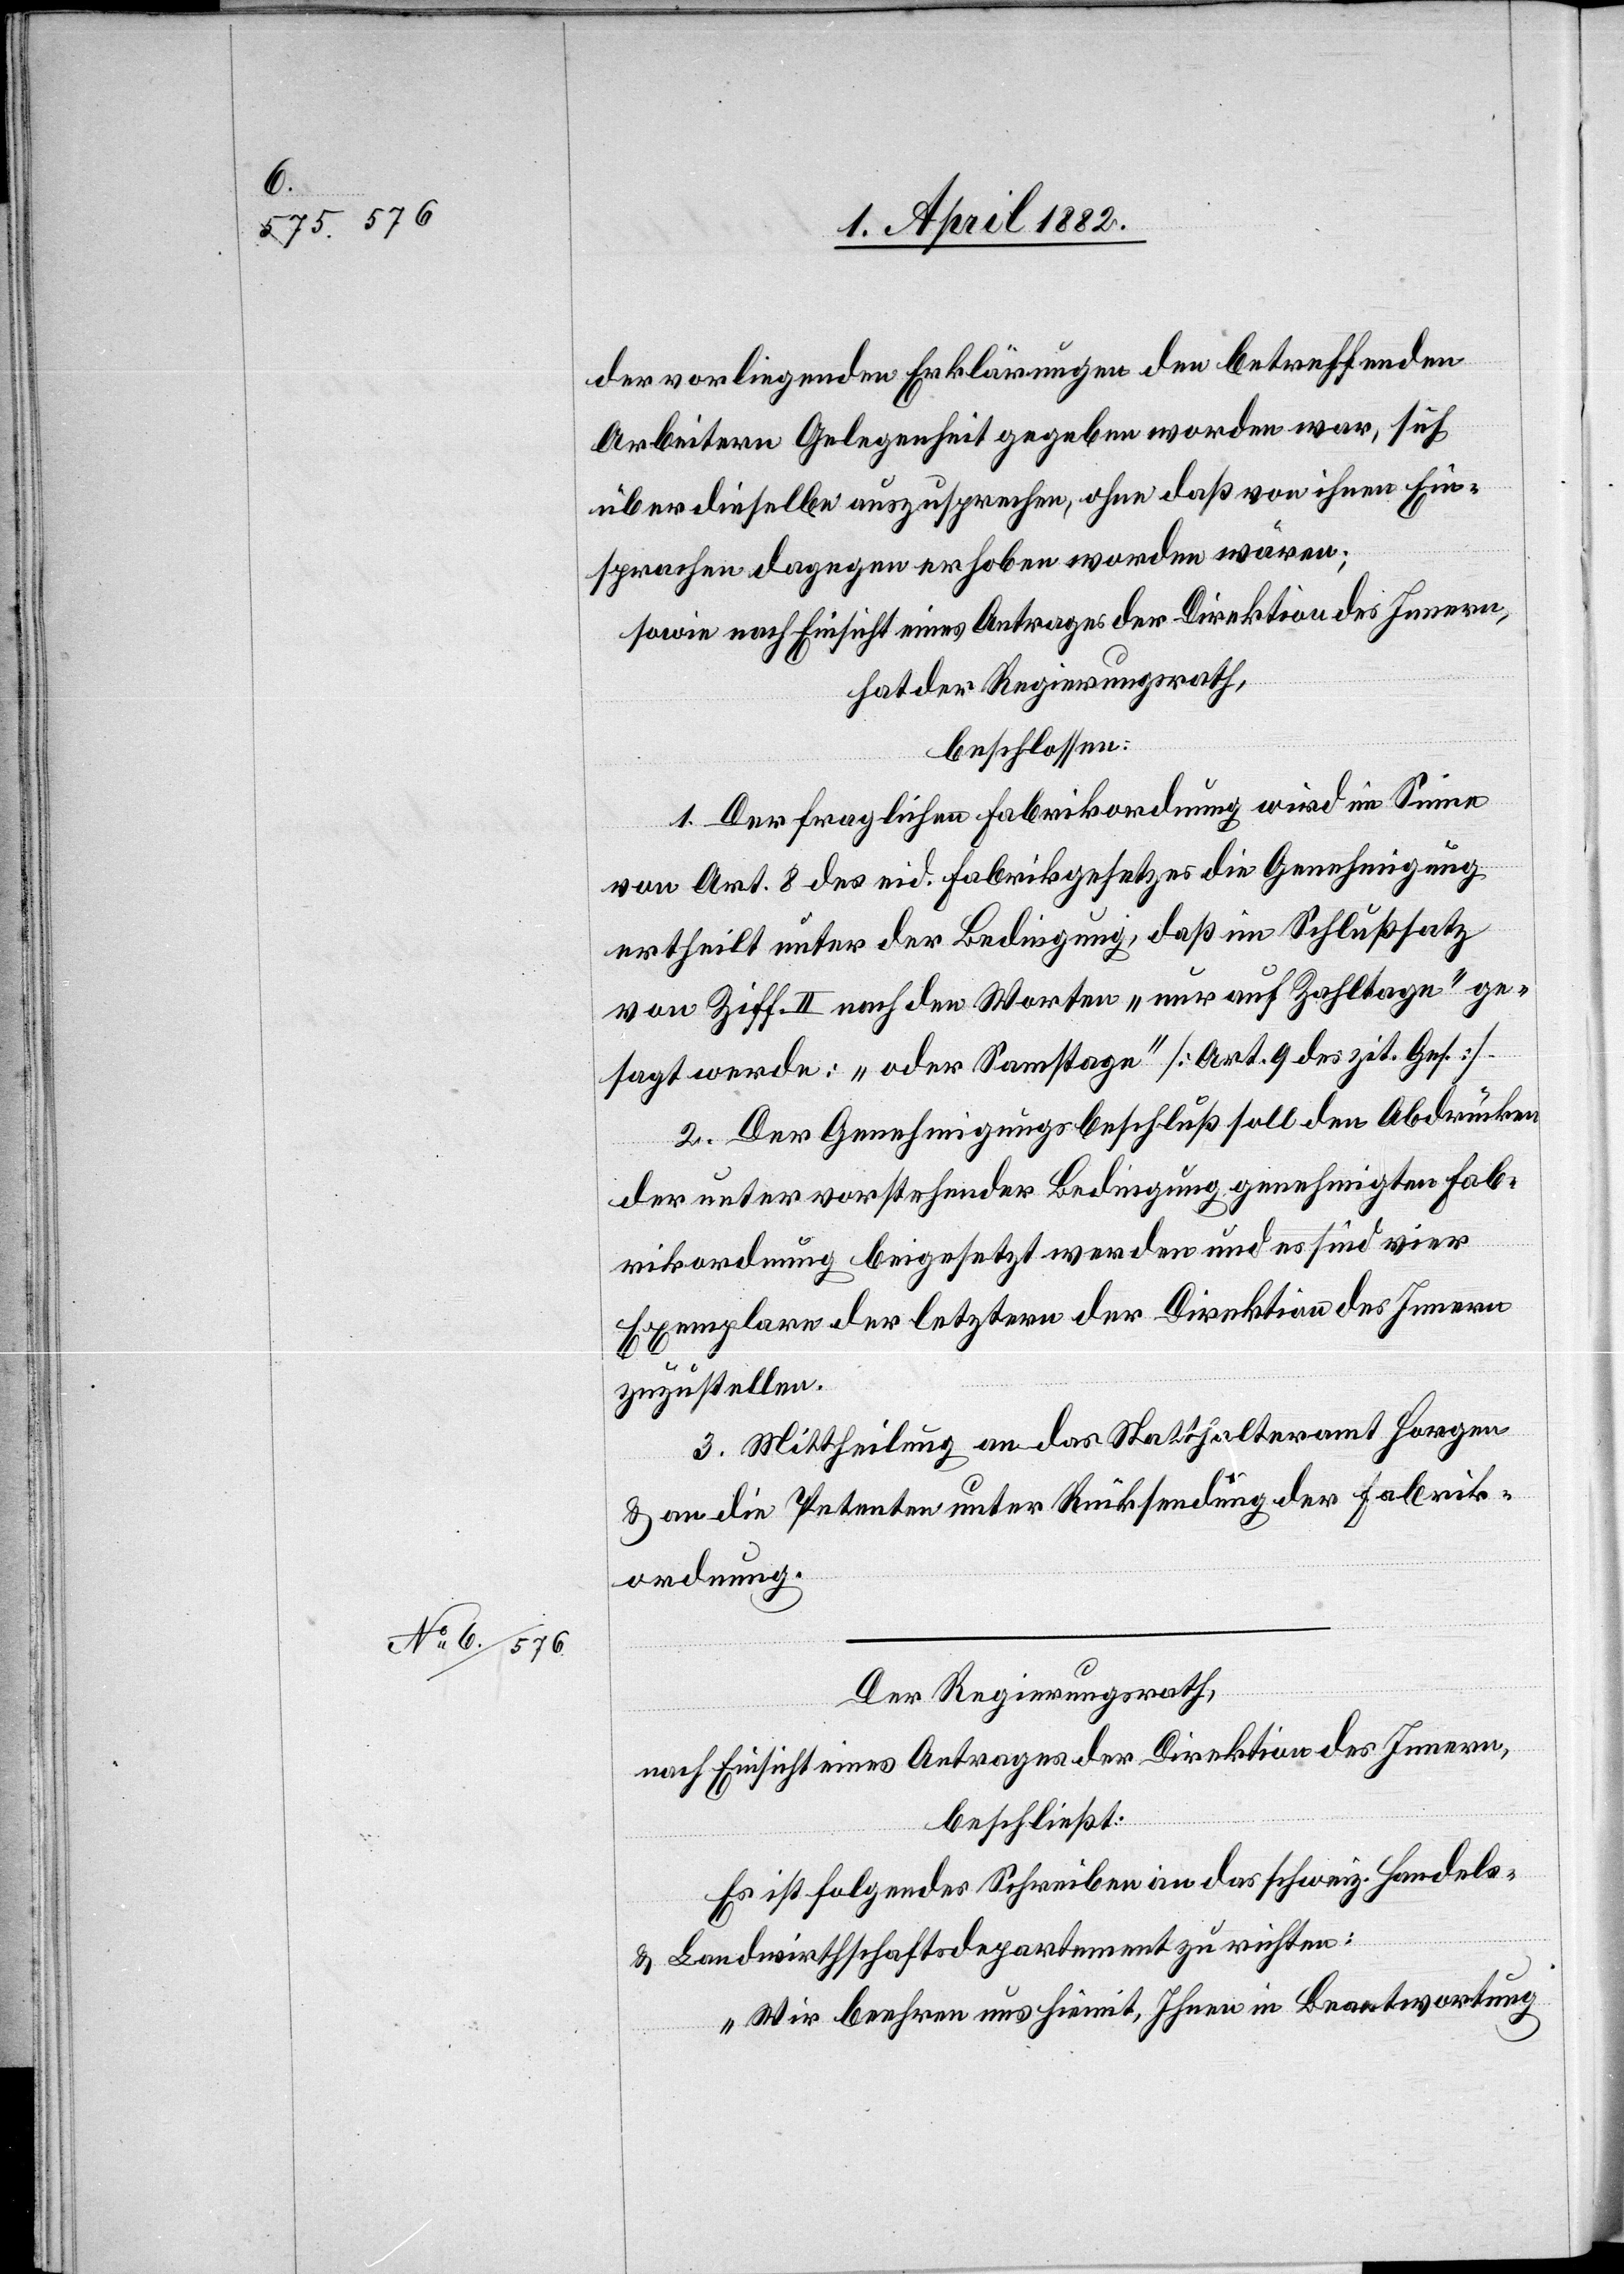
der vorliegenden Erklärungen den betreffenden
Arbeitern Gelegenheit gegeben worden war, sich
über dieselbe auszusprechen, ohne daß von ihnen Ein¬
sprachen dagegen erhoben worden wären;
sowie nach Einsicht eines Antrages der Direktion des Innern,
hat der Regierungsrath,
beschlossen:
1. Der fraglichen Fabrikordnung wird im Sinne
von Art. 8 des eid. Fabrikgesetzes die Genehmigung
ertheilt unter der Bedingung, daß im Schlußsatz
von Ziff. II nach den Worten „nur auf Zahltage“ ge¬
sagt werde: „oder Samstage“ [Art. 9 des zit. Ges.].
2. Der Genehmigungsbeschluß soll den Abdrücken
der unter vorstehender Bedingung genehmigten Fab¬
rikordnung beigesetzt werden und es sind vier
Exemplare der letztern der Direktion des Innern
zuzustellen.
3. Mittheilung an das Statthalteramt Horgen
& an die Petenten unter Rücksendung der Fabrik¬
ordnung.
Der Regierungsrath,
nach Einsicht eines Antrages der Direktion des Innern,
beschließt:
Es ist folgendes Schreiben an das schweiz. Handels-
& Landwirthschaftsdepartement zu richten:
„Wir beehren uns hiemit, Ihnen in Beantwortung